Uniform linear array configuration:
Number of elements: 8
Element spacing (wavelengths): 0.75
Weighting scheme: cosine
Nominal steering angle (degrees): -45
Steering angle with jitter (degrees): -46.111
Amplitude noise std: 0.05
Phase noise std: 0.05

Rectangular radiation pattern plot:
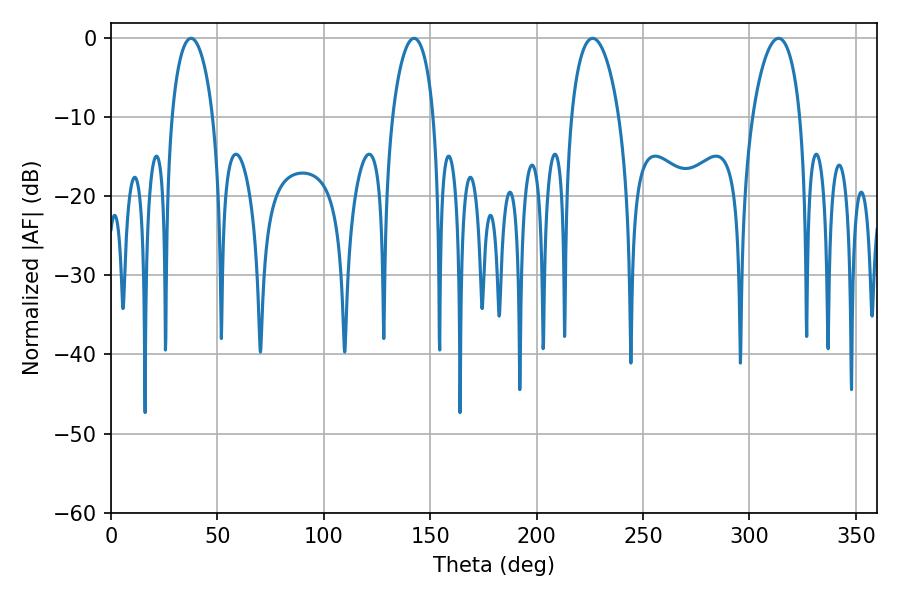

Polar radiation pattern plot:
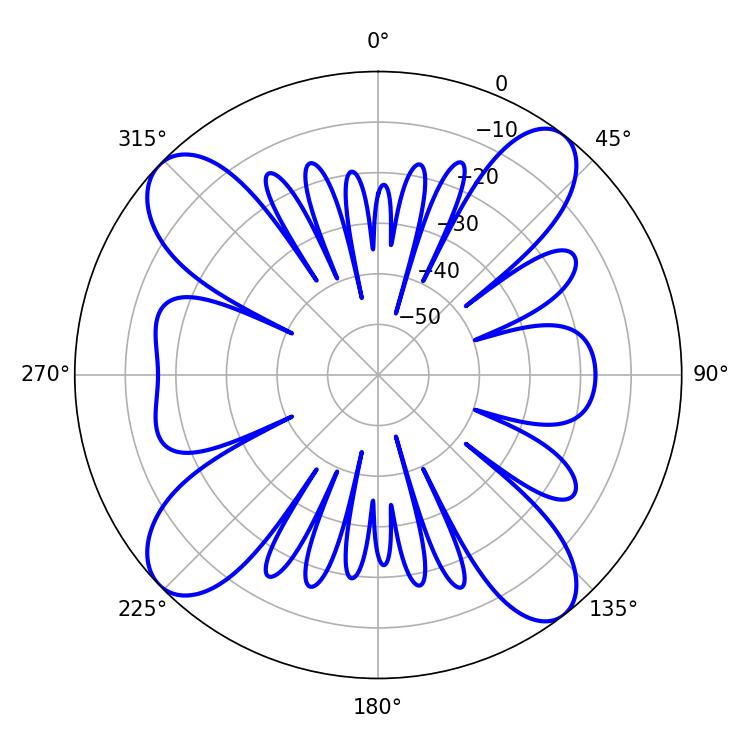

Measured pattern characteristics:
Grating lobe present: TRUE
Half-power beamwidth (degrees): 11.16
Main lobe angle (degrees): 37.62